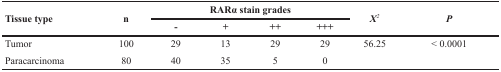
<table><thead><tr><td rowspan="2"><b>Tissue type</b></td><td rowspan="2"><b>n</b></td><td colspan="4"><b>RARα stain grades</b></td><td rowspan="2"><b><i>X<sup>2</sup></i></b></td><td rowspan="2"><b><i>P</i></b></td></tr><tr><td><b>-</b></td><td><b>+</b></td><td><b>++</b></td><td><b>+++</b></td></tr></thead><tbody><tr><td>Tumor</td><td>100</td><td>29</td><td>13</td><td>29</td><td>29</td><td>56.25</td><td>&lt; 0.0001</td></tr><tr><td>Paracarcinoma</td><td>80</td><td>40</td><td>35</td><td>5</td><td>0</td><td></td><td></td></tr></tbody></table>